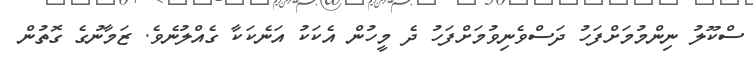
ސްކޫލު ނިންމުމަށްފަހު ދަސްވެނިވުމަށްފަހު ދެ މީހުން އެކަކު އަނެކަކާ ގެއްލުނެވެ. ޒަމާނުގެ ގޮތުން